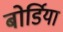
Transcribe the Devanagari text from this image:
बोर्डिया